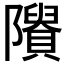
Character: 𨽠